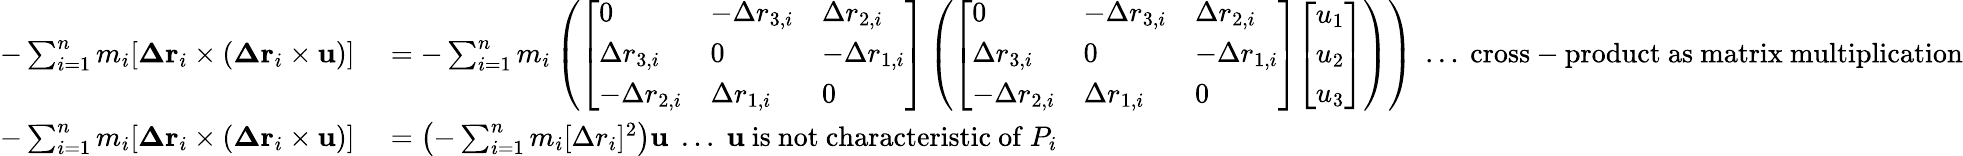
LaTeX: \begin{array}{rl}{-\sum_{i=1}^{n}m_{i}[{\boldsymbol{\Delta}}\mathbf{r}_{i}\times({\boldsymbol{\Delta}}\mathbf{r}_{i}\times\mathbf{u})]}&{{}=-\sum_{i=1}^{n}m_{i}\left({\left[\begin{array}{lll}{0}&{-\Delta r_{3,i}}&{\Delta r_{2,i}}\\ {\Delta r_{3,i}}&{0}&{-\Delta r_{1,i}}\\ {-\Delta r_{2,i}}&{\Delta r_{1,i}}&{0}\end{array}\right]}\left({\left[\begin{array}{lll}{0}&{-\Delta r_{3,i}}&{\Delta r_{2,i}}\\ {\Delta r_{3,i}}&{0}&{-\Delta r_{1,i}}\\ {-\Delta r_{2,i}}&{\Delta r_{1,i}}&{0}\end{array}\right]}{\left[\begin{array}{l}{u_{1}}\\ {u_{2}}\\ {u_{3}}\end{array}\right]}\right)\right)\; \ldots{\mathrm{~cross-product~as~matrix~multiplication}}}\\ {-\sum_{i=1}^{n}m_{i}[{\boldsymbol{\Delta}}\mathbf{r}_{i}\times({\boldsymbol{\Delta}}\mathbf{r}_{i}\times\mathbf{u})]}&{{}=\left(-\sum_{i=1}^{n}m_{i}[\Delta r_{i}]^{2}\right)\mathbf{u}\; \ldots\; \mathbf{u}{\mathrm{~is~not~characteristic~of~}}P_{i}}\end{array}